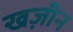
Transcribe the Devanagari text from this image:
खज़ीन